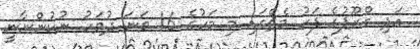
އަދި ގްރޫޕުގެ ފަހު މެޗްގައި މި މަހުގެ 16 ވަނަ ދުވަހު ނުކުންނާނީ